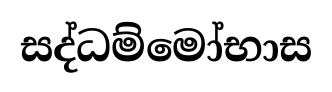
සද්ධම්මෝභාස